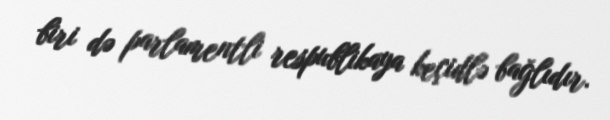
biri də parlamentli respublikaya keçidlə bağlıdır.